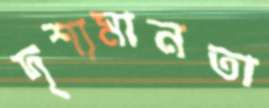
দৃশ্যমানতা